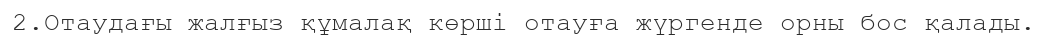
2.Отаудағы жалғыз құмалақ көрші отауға жүргенде орны бос қалады.